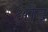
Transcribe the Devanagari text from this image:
क्षौद्र